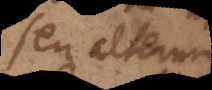
ubi alterum